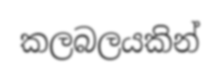
කලබලයකින්